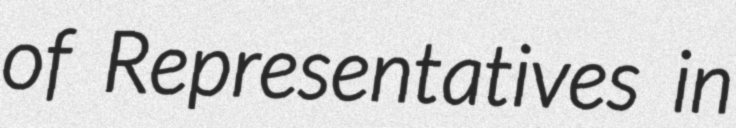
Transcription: of Representatives in